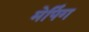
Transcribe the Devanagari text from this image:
मेपिंग